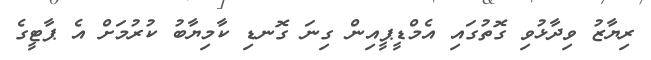
ރިޔާޒު ވިދާޅުވި ގޮތުގައި އެމްޑީޕީއިން ގިނަ ގޮނޑި ކާމިޔާބު ކުރުމަށް އެ ޕާޓީގެ